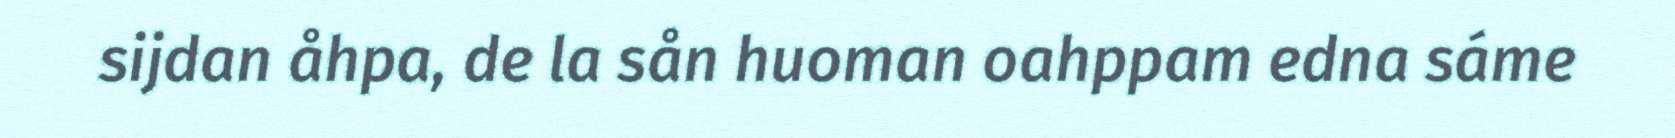
sijdan åhpa, de la sån huoman oahppam edna sáme